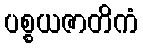
ပစ္စယဇာတိကံ